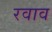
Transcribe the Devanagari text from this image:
रवाव